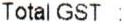
TOTAL GST :